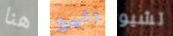
هنا وثيق تشيو